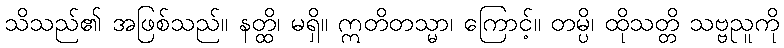
သိသည်၏ အဖြစ်သည်။ နတ္ထိ၊ မရှိ။ ဣတိတသ္မာ၊ ကြောင့်။ တမ္ပိ၊ ထိုသတ္တိ သဗ္ဗညူကို